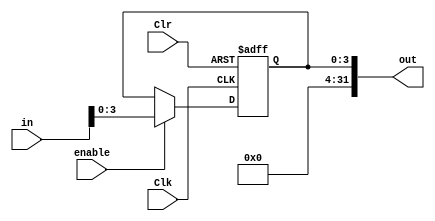
module wim (output reg [31:0] out, input wire [31:0] in, input wire enable, Clr, Clk);
//Only the four Least Significant Bits (LSB) are editable by 
//the instructions rdwim and wrwim since the implementation uses 4 windows

initial
	out =0;

always @ (posedge Clk, posedge Clr)
	if (Clr) out[3:0] <= 1'h0; //Clear the 4 LSB
	else if (enable) out[3:0] <= in[3:0]; //Write the 4 LSB
endmodule